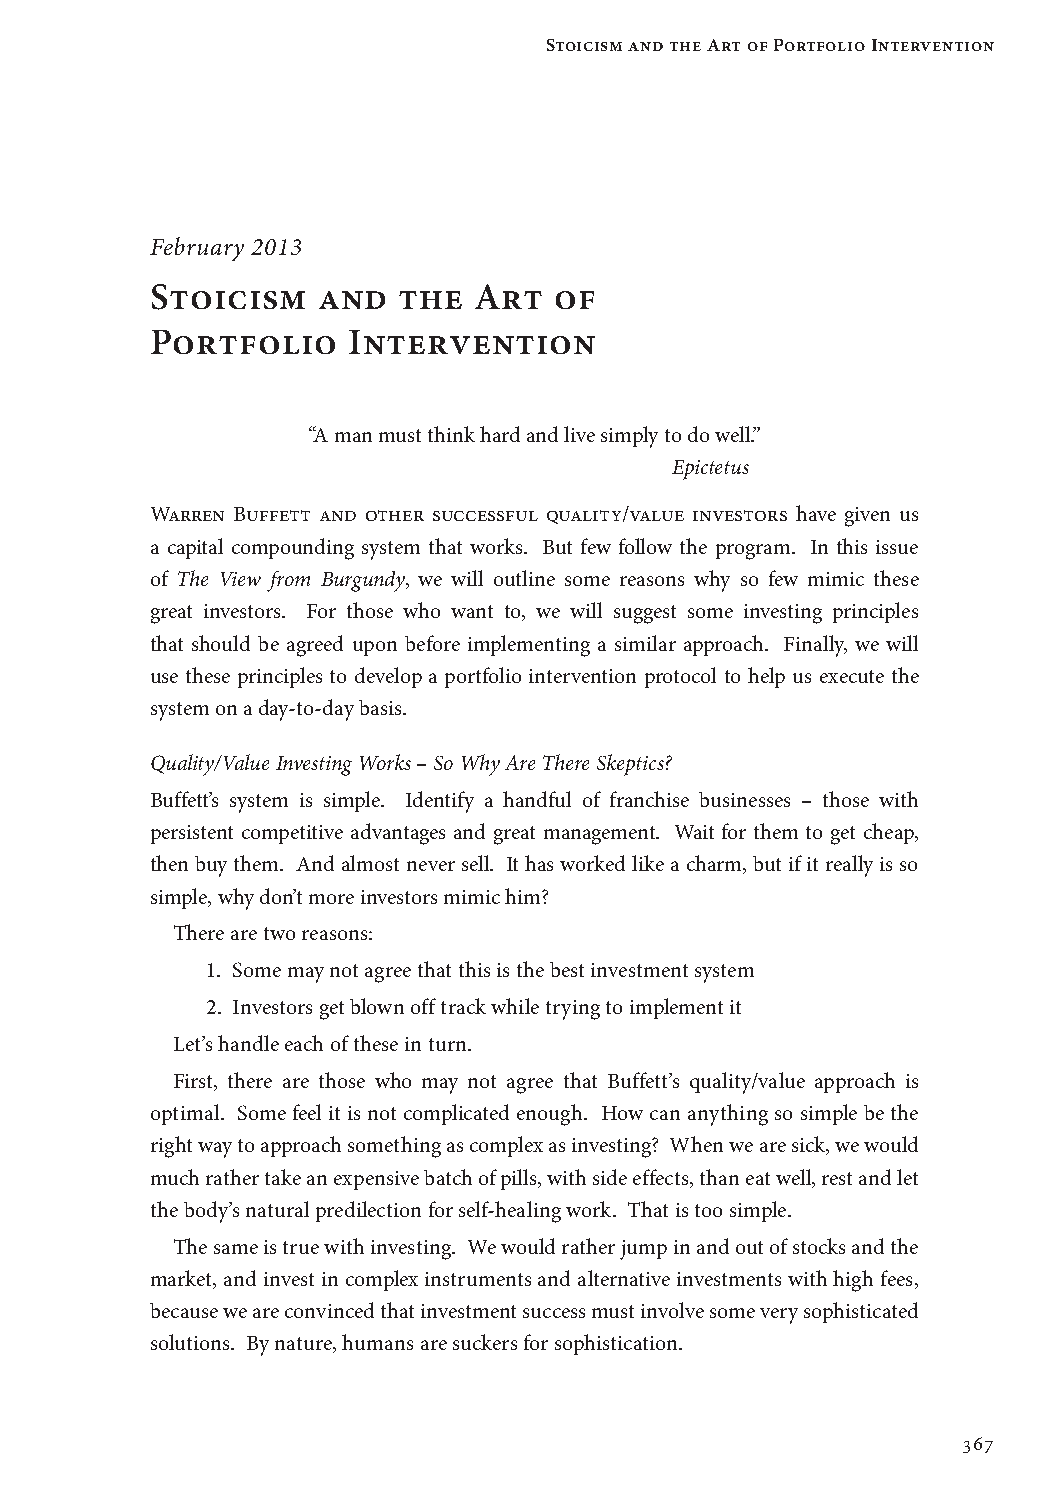
Stoicism and the Art of Portfolio Intervention
 February 2013
 Stoicism   and  the  Art   of
 Portfolio    Intervention
 “A man must think hard and live simply to do well.”
 Epictetus
 Warren Buffett and other successful quality/value investors have given us
 a capital compounding system that works. But few follow the program. In this issue
 of The View from Burgundy, we will outline some reasons why so few mimic these
 great investors. For those who want to, we will suggest some investing principles
 that should be agreed upon before implementing a similar approach. Finally, we will
 use these principles to develop a portfolio intervention protocol to help us execute the
 system on a day-to-day basis.
 Quality/Value Investing Works – So Why Are There Skeptics?
 Buffett’s system is simple. Identify a handful of franchise businesses – those with
 persistent competitive advantages and great management. Wait for them to get cheap,
 then buy them. And almost never sell. It has worked like a charm, but if it really is so
 simple, why don’t more investors mimic him?
 There are two reasons:
 1. Some may not agree that this is the best investment system
 2. I nvestors get blown off track while trying to implement it
 Let’s handle each of these in turn.
 First, there are those who may not agree that Buffett’s quality/value approach is
 optimal. Some feel it is not complicated enough. How can anything so simple be the
 right way to approach something as complex as investing? When we are sick, we would
 much rather take an expensive batch of pills, with side effects, than eat well, rest and let
 the body’s natural predilection for self-healing work. That is too simple.
 The same is true with investing. We would rather jump in and out of stocks and the
 market, and invest in complex instruments and alternative investments with high fees,
 because we are convinced that investment success must involve some very sophisticated
 solutions. By nature, humans are suckers for sophistication.
 367